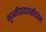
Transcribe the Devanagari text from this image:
भुञ्जीयाद्यावकौदनम्